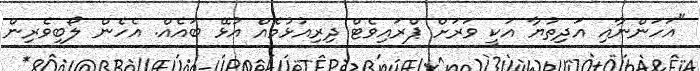
"އަހަންނާއި އަދިތުޔާ އަކީ ވަރަށް ޕްރައިވެޓް ދިރިއުޅުމެއް އުޅޭ ބައެއް. އެހެން ލޯބިވެރިން